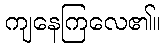
ကျနေကြလေ၏။